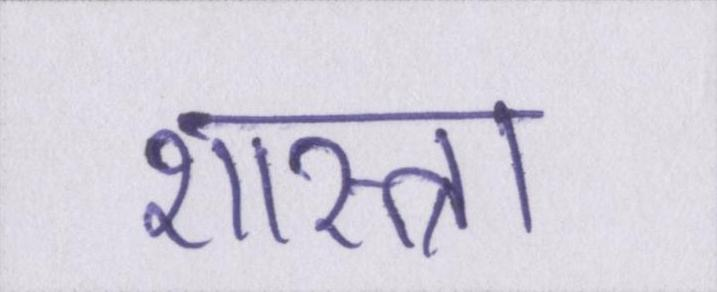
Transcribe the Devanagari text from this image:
शास्त्रा